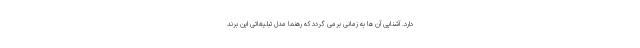
دارد. آشنایی آن ها به زمانی برمی گردد که رهنما مدل تبلیغاتی این برند